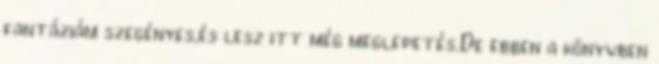
fantáziám szegényes,és lesz itt még meglepetés.De ebben a könyvben